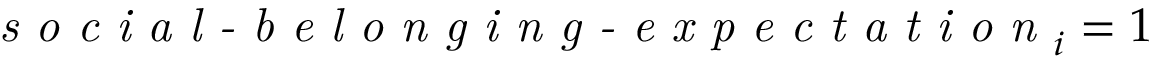
\textit { s o c i a l - b e l o n g i n g - e x p e c t a t i o n } _ { i } = 1